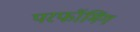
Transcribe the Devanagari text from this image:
परफॉमिंग